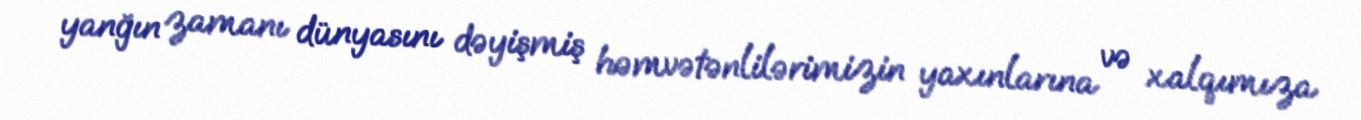
yanğın zamanı dünyasını dəyişmiş həmvətənlilərimizin yaxınlarına və xalqımıza